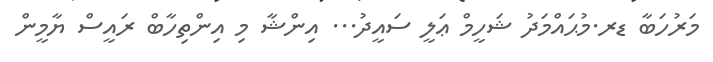
މަރުހަބާ ޑރ.މުޙައްމަދު ޝަހީމް ޢަލީ ސައީދު... އިންޝާ މި އިންތިހާބް ރައީސް ޔާމީން